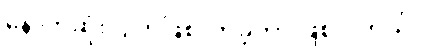
နောက်ဆုံးဂြိုဟ်ဖြစ်လာခဲ့တာ ဖြစ်ပါတယ်။